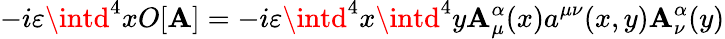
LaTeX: -i\varepsilon\intd^{4}xO[\mathbf{A}]=-i\varepsilon\intd^{4}x\intd^{4}y\mathbf{A}_{\mu}^{\alpha}(x)a^{\mu\nu}(x,y)\mathbf{A}_{\nu}^{\alpha}(y)